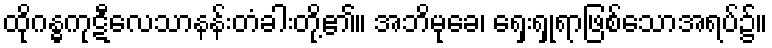
ထိုဂန္ဓကုဋီလေသာနန်းတံခါးတို့၏။ အဘိမုခေ၊ ရှေးရှုရာဖြစ်သောအရပ်၌။